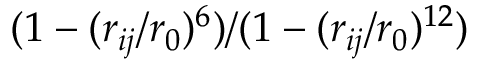
( 1 - ( r _ { i j } / r _ { 0 } ) ^ { 6 } ) / ( 1 - ( r _ { i j } / r _ { 0 } ) ^ { 1 2 } )